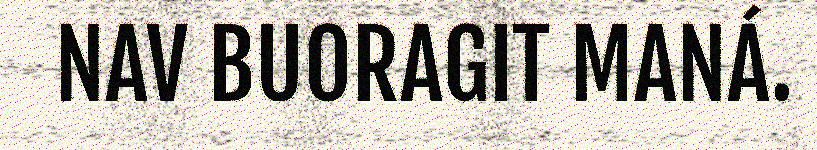
NAV BUORAGIT MANÁ.